Lunatic asylums Bombay report 1891-1903 - 1891-1903
Year: 1891
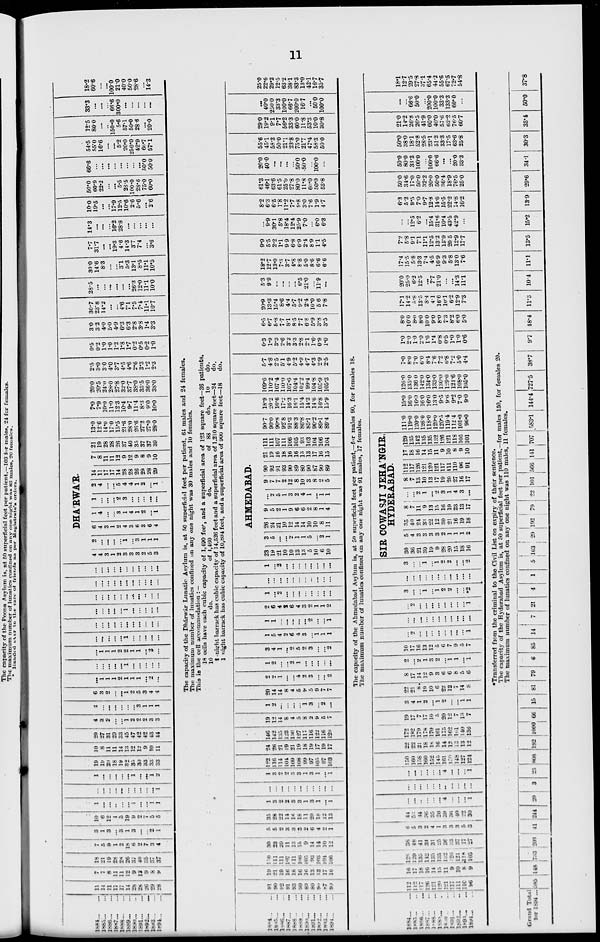
11
1884
...
...
1885
...
...
1886
...
...
1887
...
...
1888
...
...
1889
...
...
1890 ... ...
1891
...
...
1892 ...
...
1893
...
...
1894
...
...
11
14
11
17
17
14
28
28
26
29
28
7
7
8
11
11
12
9
12
9
8
9
18
21
19
28
28
26
37
40
35
37
37
7
5
9
1
2
18
6
2
7
3
4
3
1
3
...
3
1
3
...
...
2
1
10
6
12
1
5
19
9
2 7
5
5
1
...
...
...
...
...
1
...
...
1
1
...
...
...
...
...
...
...
...
...
...
1
1
...
...
...
...
...
1
...
...
1
2
19
19
20
18
19
32
35
30
33
33
33
10
8
11
11
14
13
12
12
9
10
11
29
27
31
29
33
45
47
42
42
43
44
4
3
2
...
...
1
2
2
2
3
3
2
...
...
...
...
...
...
3
1
1
1
6
3
2
...
...
1
2
5
3
4
4
...
1
1
1
2
1
1
1
...
2
...
...
...
...
...
...
1
...
...
...
...
...
...
1
1
1
2
2
1
1
...
2
...
...
...
...
...
...
1
...
...
...
...
...
...
...
...
...
...
...
...
...
...
...
...
...
...
...
...
...
1
...
...
...
...
...
...
...
...
...
...
...
...
...
..
...
...
...
...
...
...
...
...
...
...
...
...
...
...
...
...
...
...
...
...
...
...
...
...
DHA'RWA'R.
4
4
3
1
2
3
3
3
2
5
3
2
...
...
...
...
1
...
3
1
1
1
6
4
3
1
2
4
3
6
3
6
4
1
4
...
...
3
1
4
1
2
...
1
1
...
...
...
2
3
...
...
...
...
...
2
4
...
...
5
4
4
1
2
...
1
14
11
17
17
14
28
28
26
29
28
29
7
8
11
11
12
9
12
9
8
9
10
21
19
28
28
26
37
40
35
37
37
39
13.0
12.6
14.0
17.0
15.5
21.6
28.0
26.6
27.2
27.0
28.0
7.0
7.9
10.0
11.0
12.3
10.4
9.7
11.4
8.3
9.0
10.0
20.0
20.5
24.0
28.0
27.8
32.0
37.7
38.0
35.5
36.0
38.0
2.5
3.0
3.0
4.0
3.7
4.5
4.6
2.6
3.3
1.2
2.3
0.5
0.2
1.0
1.0
1.2
1.8
1.7
0.2
0.5
0.2
1.0
3.0
3.2
4.0
5.0
4.9
6.3
6.3
2.8
3.8
1.4
3.3
30.7
23.8
14.2
...
...
4.6
7.1
7.5
7.4
11.1
10.7
28.5
...
...
...
...
...
...
26.3
12.0
11.1
10.0
30.0
14.6
8.3
...
...
3.1
5.3
13.1
8.5
11.1
10.5
7.7
31.7
...
...
19.3
4.6
14.3
3.7
7.4
...
3.6
14.3
...
...
...
16.2
28.8
...
...
...
...
...
10.0
19.5
...
...
17.9
12.5
10.6
2.6
5.6
...
2.6
50.0
60.9
22.2
...
...
5.5
28.5
100.0
28.6
75.0
60.0
66.6
...
...
...
...
...
...
...
...
50.0
50.0
54.5
55.0
16.6
...
...
5.2
20.0
250.0
42.9
66.7
57.1
12.5
80.0
...
...
150.0
5.6
57.1
50.0
28.6
...
20.0
33.3
...
...
...
66.6
300.0
...
...
...
...
...
18.2
60.6
...
...
100.0
21.0
40.0
50.0
28.6
...
14.3
The capacity of the Dhárwár Lunatic Asylum is, at 50 superficial feet per patient, 64 males and 24 females.
The maximum number of lunatics confined on any one night was 30 males and 10 females.
This is the cell accommodation : —
18 cells have each cubic capacity of 1,490 feet, and a superficial area of 123 square feet—36 patients.
10
do.
of 1,460
do.
of 88
do. 10
do.
1 night barrack has cubic capacity of 14,526 feet and a superficial area of 1,210 square feet—24 do.
1 night barrack has cubic capacity of 10,804 feet, and a superficial area of 900 square feet—18 do.
1884 ... ...
1885
...
...
1886 ... ...
1887 ... ...
1888 ... ...
1889 ... ...
1890
...
...
1891 ... ...
1892
...
...
1893
...
...
1894
...
...
91
90
92
91
93
90
89
80
93
87
90
19
21
19
16
18
16
16
13
13
17
16
110
111
111
107
111
106
105
93
103
104
106
30
23
20
11
13
15
9
14
14
10
12
5
5
2
3
3
3
2
6
4
2
1
35
28
22
14
16
18
11
20
18
12
13
1
3
2
2
3
3
1
3
1
...
1
...
...
...
...
...
...
...
...
...
...
...
1
3
2
2
3
3
1
3
1
...
1
122
116
114
104
109
108
99
97
105
97
103
24
26
21
19
21
19
18
19
17
19
17
146
142
135
123
130
127
117
116
122
116
120
19
12
14
8
4
5
8
2
9
5
7
1
2
...
...
...
...
1
3
...
2
...
20
14
14
8
4
5
9
5
9
7
7
2
2
1
...
...
4
2
3
...
...
2
1
2
...
...
2
1
...
...
...
...
...
3
4
1
...
2
5
2
3
...
...
2
1
5
4
2
6
4
3
...
1
1
1
1
1
...
...
...
...
...
2
...
...
1
2
6
4
2
6
4
3
2
1
1
2
1
...
2
...
...
...
...
...
...
...
...
...
...
...
...
...
...
...
...
...
...
...
1
...
2
...
...
...
...
...
...
...
...
AHMEDABAD.
23
19
21
10
10
13
13
5
10
6
10
3
5
...
...
2
1
1
5
...
2
1
26
24
21
10
12
14
14
10
10
8
11
9
5
2
1
9
6
6
2
8
1
4
...
2
5
1
3
2
4
1
...
1
1
9
7
7
2
12
8
10
3
8
2
5
90
92
91
93
90
89
80
90
87
90
89
21
19
16
18
16
16
13
13
17
16
15
111
111
107
111
106
105
93
103
104
106
104
90.7
90.0
90.8
92.8
91.3
88.3
86.8
85.1
90.2
89.1
89.4
18.9
20.2
16.6
17.2
16.3
16.1
15.4
14.3
14.6
16.8
15.9
109.6
110.2
107.4
110.0
107.6
104.4
102.2
99.4
104.8
105.9
105.3
5.7
4.8
2.5
5.1
4.9
5.2
4.9
4.7
4.3
2.9
2.5
0.3
1.9
3.3
2.6
3.2
3.3
2.8
2.1
1.6
0.9
1.0
6.5
6.7
5.8
7.7
8.1
8.5
7.7
6.8
5.9
3.8
3.5
20.9
13.3
15.4
8.6
4.4
5.7
9.2
2.4
10.0
5.6
7.8
5.3
9.9
...
...
...
...
6.5
21.0
...
11.9
...
18.2
12.7
13.0
7.3
3.7
4.8
8.8
5.0
8.6
6.6
6.6
9.9
5.5
2.2
1.1
9.9
6.8
6.9
2.4
8.9
1.1
4.5
...
9.9
30.1
5.8
18.4
12.4
25.9
7.0
...
6.0
6.3
8.2
6.3
6.5
1.8
11.2
7.7
9.8
3.0
7.6
1.9
4.7
61.3
46.1
63.6
61.5
25.0
27.8
80.0
11.8
60.0
50.0
53.8
20.0
40.0
...
...
...
...
50.0
50.0
...
100.0
...
55.6
45.1
58.3
50.0
21.1
23.8
75.0
21.7
47.4
58.3
50.0
29.0
19.2
9.1
7.7
56.2
33.3
60.0
11.8
53.3
10.0
30.8
...
40.0
250.0
33.3
100.0
66.7
200.0
16.7
...
50.0
100.0
25.0
22.6
29.2
12.5
63.2
38.1
83.3
13.0
42.1
16.7
35.7
The capacity of the Ahmedabad Asylum is, at 50 superficial feet per patient,—for males 90, for females 18.
The maximum number of lunatics confined on any one night was 91 males, 17 females.
1884
...
...
1885 ... ...
1886 ... ...
1887 ... ...
1888 ... ...
1889 ... ...
1890 ... ...
1891 ... ...
1892
...
...
1893
...
...
1894 ... ...
112
112
117
126
121
120
121
117
111
110
96
16
17
18
16
14
15
11
9
10
8
9
128
129
135
142
135
135
132
126
121
118
105
38
48
41
34
31
25
36
33
37
17
27
6
5
3
2
4
1
3
3
3
5
3
44
53
44
36
35
26
39
36
40
22
30
...
...
...
...
...
...
4
...
...
...
1
...
...
...
...
...
...
...
...
...
...
...
...
...
...
...
...
...
4
...
...
...
1
150
160
158
160
152
145
161
150
148
127
124
22
22
21
18
18
16
14
12
13
13
12
172
182
179
178
170
161
175
162
161
140
136
19
17
7
17
10
5
20
12
7
13
7
3
4
1
2
...
1
2
...
...
1
1
22
21
8
19
10
6
22
12
7
14
8
8
17
14
12
9
3
6
6
8
5
6
2
...
2
1
3
2
...
1
1
...
1
10
17
16
13
12
5
6
7
9
5
7
...
2
...
...
...
...
...
...
...
...
1
...
...
...
...
...
...
...
...
...
...
...
...
2
...
...
...
...
...
...
...
...
1
3
...
...
1
...
1
2
2
...
...
*2
...
...
...
...
...
...
...
...
...
...
...
3
...
...
1
...
1
2
2
...
...
2
SIR COWASJI JEHA'NGIR,
HYDERABAD.
30
36
21
30
19
9
28
20
15
18
16
5
4
3
3
3
3
2
1
1
1
2
35
40
24
33
22
12
30
21
16
19
18
8
7
11
9
13
15
16
19
23
13
17
...
...
2
1
...
2
3
1
4
3
...
8
7
13
10
13
17
19
20
27
16
17
112
117
126
121
120
121
117
111
110
96
91
17
18
16
14
15
11
9
10
8
9
10
129
135
142
135
135
132
126
121
118
105
101
111.0
119.0
120.0
126.0
118.0
120.0
120.5
119.4
112.4
101.0
96.0
15.0
16.0
16.0
16.0
16.0
13.0
9.5
9.6
9.2
7.0
9.0
126.0
135.0
136.0
142.0
134.0
133.0
130.0
129.0
121.6
108.0
105.0
7.0
8.0
7.0
6.0
8.4
7.6
7.2
6.8
7.2
5.0
4.4
1.0
2.0
1.0
2.0
1.6
1.4
0.8
0.5
1.0
1.0
0.6
8.0
10.0
8.0
8.0
10.0
9.0
8.0
7.3
8.2
6.0
5.0
17.1
14.2
5.8
13.5
8.4
4.1
16.6
10.1
6.2
12.9
7.3
20.0
25.0
6.2
12.5
...
7.7
21.0
...
...
14.3
11.1
17.4
15.5
5.8
13.3
7.4
4.5
16.9
9.3
5.8
13.0
7.6
7.2
5.8
9.1
7.1
11.1
12.5
13.2
15.9
20.5
12.9
17.7
...
...
12.5
6.2
...
15.4
31.6
10.4
43.5
42.9
...
6.3
5.2
9.5
7.0
9.7
12.8
14.6
15.5
22.2
14.8
16.2
50.0
34.6
17.0
50.0
32.2
20.0
50.0
36.4
18.9
76.5
25.0
50.0
80.0
33.3
100.0
...
100.0
66.6
...
...
20.0
33.3
50.0
38.0
18.1
52.8
28.5
23.1
51.2
33.3
17.5
63.6
25.8
21.0
14.2
26.8
26.5
41.9
60.0
40.0
57.6
62.2
76.5
60.7
...
...
66.6
50.0
...
200.0
100.0
33.3
133.3
60.0
...
18.1
12.7
29.5
27.8
37.1
65.4
44.2
55.6
67.5
72.7
54.8
* Transferred from the criminal to the Civil List on expiry of their sentence.
The capacity of the Hyderabad Asylum is, at 50 superficial feet per patient,—for males 150, for females 20.
The maximum number of lunatics confined on any one night was 110 males, 11 females.
Grand Total
for 1894
... 585
148 733 203
41 244
20
3
23 808
192 1000 66
15
81
79
6
85
14
7
21
4
1
5 163
29 192
79
22 101 566 141 707
583.1
144.4 727.5
38.7
9.7
48.4
11.3
10.4
11.1
13.5
15.2
13.9
29.6
34.1
30.3
35.4
50.0
37.8